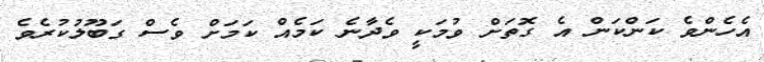
އެހެންވެ ކަންކަން އެ ގޮތަށް ވުމަކީ ވެދާނެ ކަމެއް ކަމަށް ވެސް ގަބޫލުކުރެވެ